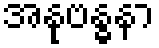
အနုဗန္ဓနာ